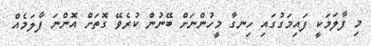
މި ފާލަމަކީ ފައިމަގުގައި ހިނގާ މީހުންނަށް ބޭނުން ކުރެވޭ ގޮތަށް އޮންނަ ފާލަމެއް